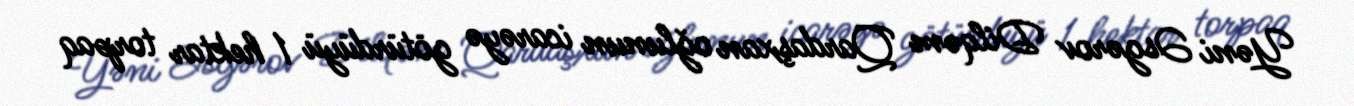
Yəni Əsgərov Dilqəm Qardaşxan oğlunun icarəyə götürdüyü 1 hektar torpaq